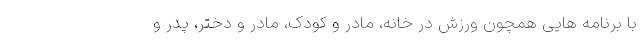
با برنامه هایی همچون ورزش در خانه، مادر و کودک، مادر و دختر، پدر و